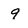
Character: 9